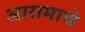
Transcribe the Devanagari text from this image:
आरामाचे